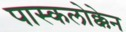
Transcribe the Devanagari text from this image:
पास्कलोक्केन